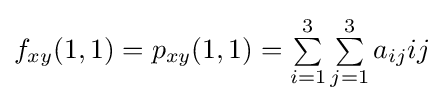
f_{xy}(1,1)=p_{xy}(1,1)=\textstyle \sum \limits _{i=1}^{3}\sum \limits _{j=1}^{3}a_{ij}ij